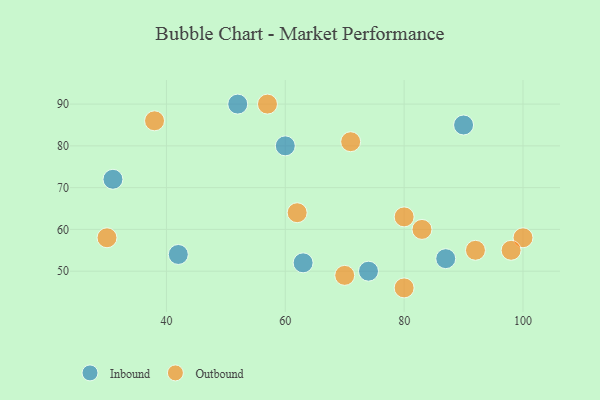
{"axis": {"x": "GDP", "y": "Life Expectancy"}, "legend": ["Inbound", "Outbound"], "data": [{"x": "42", "y": 54, "type": "Inbound"}, {"x": "90", "y": 85, "type": "Inbound"}, {"x": "63", "y": 52, "type": "Inbound"}, {"x": "52", "y": 90, "type": "Inbound"}, {"x": "87", "y": 53, "type": "Inbound"}, {"x": "31", "y": 72, "type": "Inbound"}, {"x": "74", "y": 50, "type": "Inbound"}, {"x": "60", "y": 80, "type": "Inbound"}, {"x": "83", "y": 60, "type": "Outbound"}, {"x": "38", "y": 86, "type": "Outbound"}, {"x": "71", "y": 81, "type": "Outbound"}, {"x": "92", "y": 55, "type": "Outbound"}, {"x": "100", "y": 58, "type": "Outbound"}, {"x": "62", "y": 64, "type": "Outbound"}, {"x": "30", "y": 58, "type": "Outbound"}, {"x": "98", "y": 55, "type": "Outbound"}, {"x": "70", "y": 49, "type": "Outbound"}, {"x": "80", "y": 63, "type": "Outbound"}, {"x": "80", "y": 46, "type": "Outbound"}, {"x": "57", "y": 90, "type": "Outbound"}]}